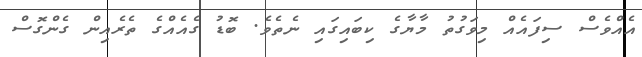
އެއްވެސް ސިފައެއް މިވަގުތު މާޔާގެ ކިބައިގައި ނެތެވެ. ބޮޑު ގެއެއްގެ ތެރެއިން ގެންގޮސް